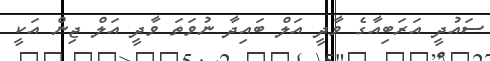
ސައުދީ އަރަބިއާގެ ވާދީ އަލް ބައިދާ ނުވަތަ ވާދީ އަލް ޖިން އަކީ